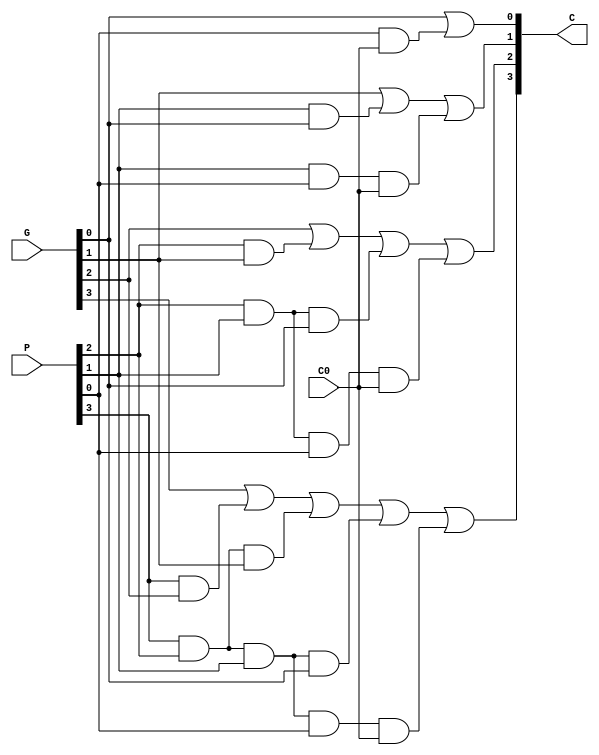
`timescale 1ns / 1ps
module carry_lookahead_unit(C, G, P, C0);
	// Ports are wires because we will use dataflow
  output wire [4:1] C; // C4, C3, C2, C1
  input wire [3:0] G, P; // Generates and propagates
  input wire C0; // input carry
	// Carry Lookahead Unit Logic
  assign #2 C[1] = G[0] | (P[0] & C0);
  assign #2 C[2] = G[1] | (P[1] & G[0]) | (P[1] & P[0] & C0);
  assign #2 C[3] = G[2] | (P[2] & G[1]) | (P[2] & P[1] & G[0])
	 | (P[2] & P[1] & P[0] & C0);
  assign #2 C[4] = G[3] | (P[3] & G[2]) | (P[3] & P[2] & G[1])
	 | (P[3] & P[2] & P[1] & G[0]) | (P[3] & P[2] & P[1]
	 & P[0] & C0);
endmodule